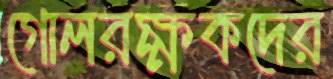
গোলরক্ষকদের